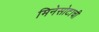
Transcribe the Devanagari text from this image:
मिनेसोटाची